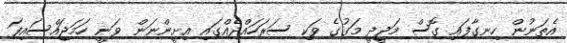
އެތަނުން ހިނގާފައި ގޮސް މަޖީދީ މަގުގެ ވަކި ސަރަހައްދެއްގައި އިށީންނަން ވަނީ ހަމަޖައްސައިފަ